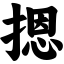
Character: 摁